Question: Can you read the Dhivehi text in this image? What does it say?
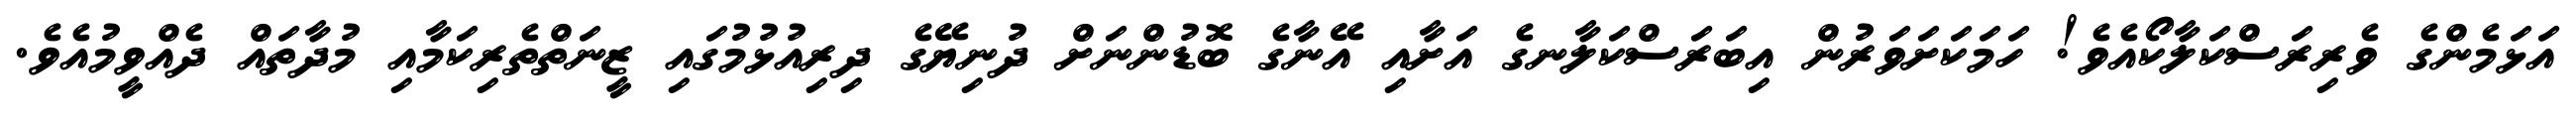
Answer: އަޅަމެންގެ ވެރިރަސްކަލާކޯއެވެ! ހަމަކަށަވަރުން އިބަރަސްކަލާނގެ އަށާއި އޭނާގެ ބޮޑުންނަށް ދުނިޔޭގެ ދިރިއުޅުމުގައި ޒީނަތްތެރިކަމާއި މުދާތައް ދެއްވީމުއެވެ.